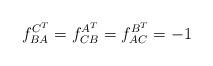
LaTeX: \begin{align*}f^{C^T}_{BA} = f^{A^T}_{CB} = f^{B^T}_{AC} = -1\end{align*}